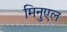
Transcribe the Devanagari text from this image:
मिनुएल